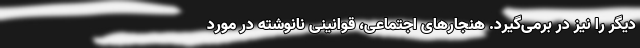
دیگر را نیز در برمی‌گیرد. هنجارهای اجتماعی، قوانینی نانوشته در مورد